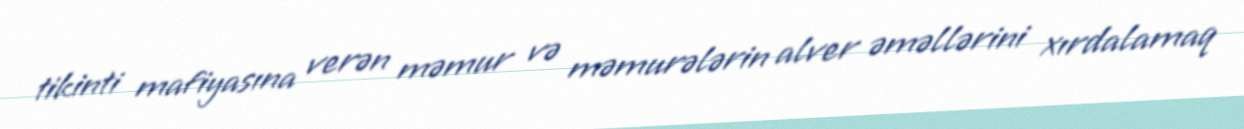
tikinti mafiyasına verən məmur və məmurələrin alver əməllərini xırdalamaq